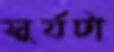
সুর্যটা